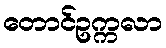
တောင်ဥက္ကလာ